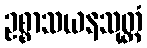
ဥစ္စာသယနသုတ္တံ